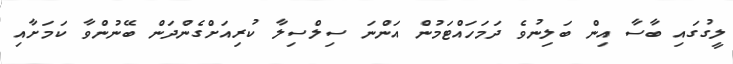
ލީގުގައި ބާސާ އިން ބަލިނުވެ ދަމަހައްޓަމުން އަންނަ ސިލްސިލާ ކުރިއަށްގެންދަން ބޭނުންވާ ކަމަށާއި